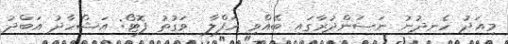
މިއަދު ހެނދުނު ނަސަންދުރާގައި ބޭއްވި ހަފްލާ  ވަގުތު ފޮޓޯ: އަޝްހާދު އަބްދު